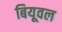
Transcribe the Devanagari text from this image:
बियूवल